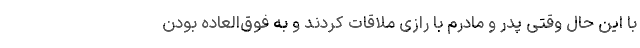
با این حال وقتی پدر و مادرم با رازی ملاقات کردند و به فوق‌العاده بودن